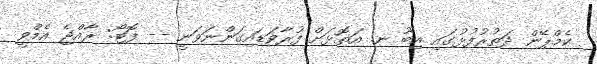
ކެމްޕޭން ދަތުރުފުޅުގައި އިބޫ ނ. އަތޮޅަށް ފުރާވަޑައިގަންނަވަނީ -- ފޮޓޯ: ރާއްޖެ އެމްވީ